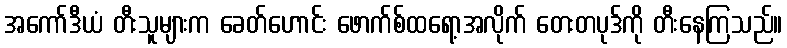
အကော်ဒီယံ တီးသူများက ခေတ်ဟောင်း ဖောက်စ်ထရော့အလိုက် တေးတပုဒ်ကို တီးနေကြသည်။